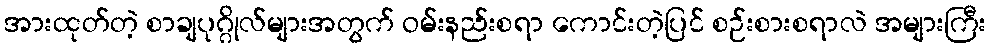
အားထုတ်တဲ့ စာချပုဂ္ဂိုလ်များအတွက် ဝမ်းနည်းစရာ ကောင်းတဲ့ပြင် စဉ်းစားစရာလဲ အများကြီး